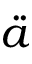
\ddot { a }